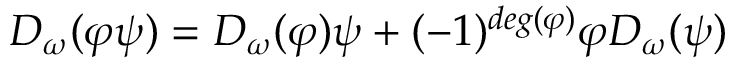
D _ { \omega } ( \varphi \psi ) = D _ { \omega } ( \varphi ) \psi + ( - 1 ) ^ { d e g ( \varphi ) } \varphi D _ { \omega } ( \psi )